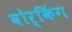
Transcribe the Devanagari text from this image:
वोर्किंग